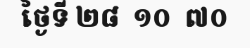
ថ្ងៃទី ២៨  ១០  ៧០